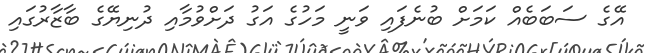
އޭގެ ސަބަބެއް ކަމަށް ބުނެފައި ވަނީ މަހުގެ އަގު ދަށްވުމާއި ދުނިޔޭގެ ބާޒާރުގައި